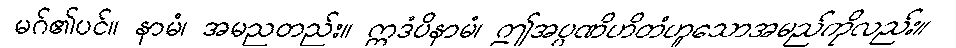
မဂ်၏ပင်။ နာမံ၊ အမညတည်း။ ဣဒံပိနာမံ၊ ဤအပ္ပဏိဟိတံဟူသောအမည်ကိုလည်း။